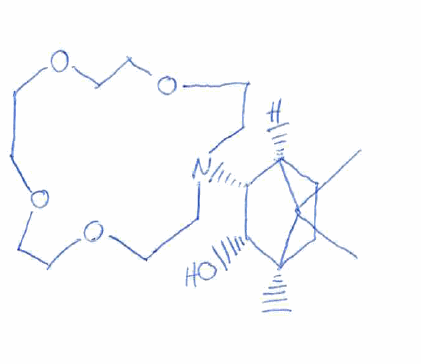
Simplified molecular-input line-entry system (SMILES) notation of the given molecule:
C[C@@]12CC[C@@H](C1(C)C)[C@H]([C@H]2O)N3CCOCCOCCOCCOCC3